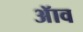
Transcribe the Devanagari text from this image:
ॲाव